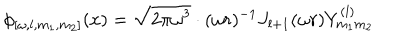
LaTeX: \phi _ { [ \omega , l , m _ { 1 } , m _ { 2 } ] } ( x ) = \sqrt { 2 \pi \omega ^ { 3 } } \cdot ( \omega r ) ^ { - 1 } J _ { l + 1 } ( \omega r ) Y _ { m _ { 1 } m _ { 2 } } ^ { ( l ) }